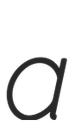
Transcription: a